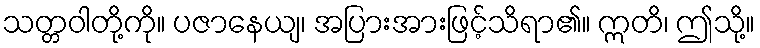
သတ္တဝါတို့ကို။ ပဇာနေယျ၊ အပြားအားဖြင့်သိရာ၏။ ဣတိ၊ ဤသို့။